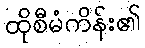
ထိုစီမံကိန်း၏